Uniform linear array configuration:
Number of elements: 64
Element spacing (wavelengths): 0.25
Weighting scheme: exponential
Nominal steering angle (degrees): -60
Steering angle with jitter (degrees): -60.589
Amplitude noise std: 0.05
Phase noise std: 0.05

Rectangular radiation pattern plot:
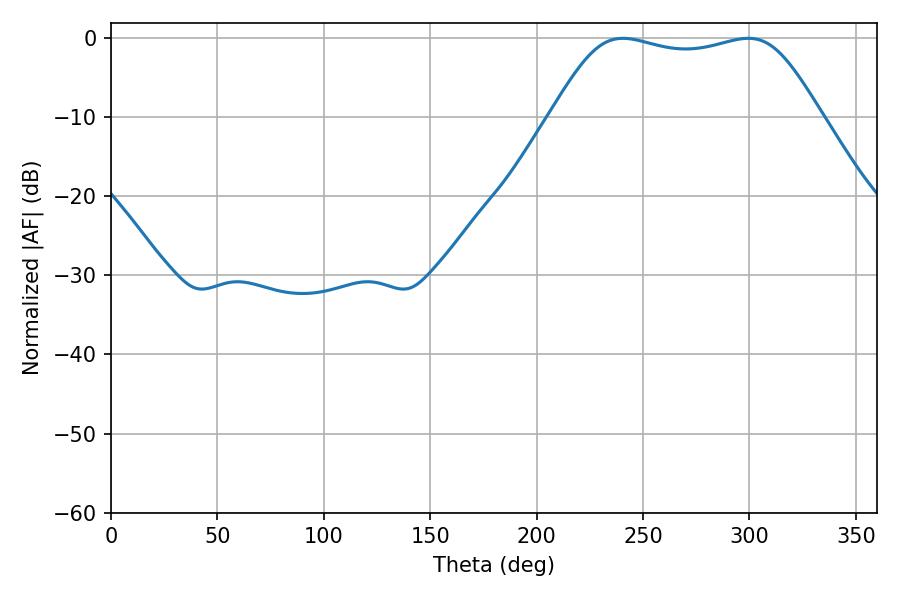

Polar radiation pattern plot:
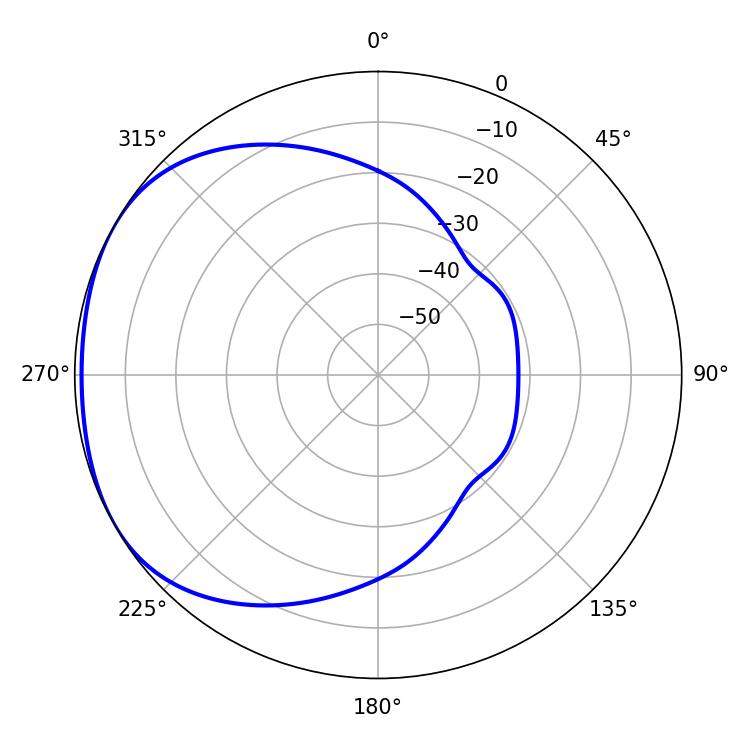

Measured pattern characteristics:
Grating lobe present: FALSE
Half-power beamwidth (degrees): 96.12
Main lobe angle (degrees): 240.48